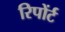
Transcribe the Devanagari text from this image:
रिपोंर्ट